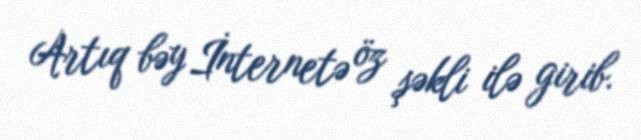
Artıq bəy İnternetə öz şəkli ilə girib.